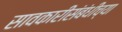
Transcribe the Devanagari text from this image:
सावकारीसंबंधीच्या